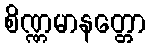
စိဏ္ဏမာနတ္တော